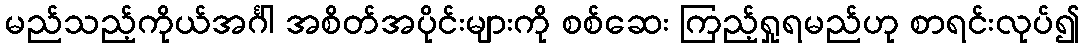
မည်သည့်ကိုယ်အင်္ဂါ အစိတ်အပိုင်းများကို စစ်ဆေး ကြည့်ရှုရမည်ဟု စာရင်းလုပ်၍